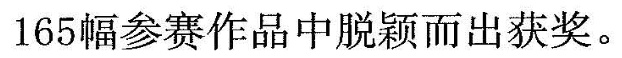
165幅参赛作品中脱颖而出获奖。